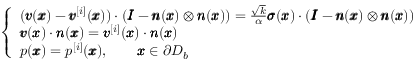
\left\{ \begin{array} { l l } { ( { \pmb v } ( { \pmb x } ) - { \pmb v } ^ { [ i ] } ( { \pmb x } ) ) \cdot ( { \pmb I } - { \pmb n } ( { \pmb x } ) \otimes { \pmb n } ( { \pmb x } ) ) = \frac { \sqrt { k } } { \alpha } { \pmb \sigma } ( { \pmb x } ) \cdot ( { \pmb I } - { \pmb n } ( { \pmb x } ) \otimes { \pmb n } ( { \pmb x } ) ) } \\ { { \pmb v } ( { \pmb x } ) \cdot { \pmb n } ( { \pmb x } ) = { \pmb v } ^ { [ i ] } ( { \pmb x } ) \cdot { \pmb n } ( { \pmb x } ) } \\ { p ( { \pmb x } ) = p ^ { [ i ] } ( { \pmb x } ) , \qquad { \pmb x } \in \partial D _ { b } } \end{array} \right.